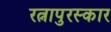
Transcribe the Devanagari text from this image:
रत्नापुरस्कार